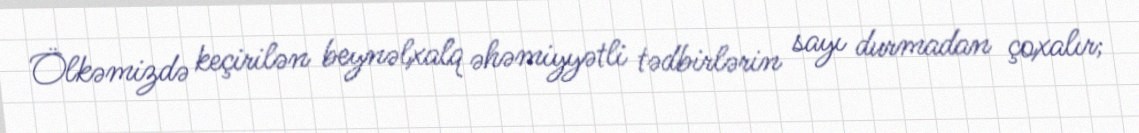
Ölkəmizdə keçirilən beynəlxalq əhəmiyyətli tədbirlərin sayı durmadan çoxalır;